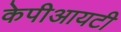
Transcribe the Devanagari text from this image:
केपीआयटी